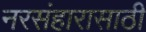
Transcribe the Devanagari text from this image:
नरसंहारासाठी